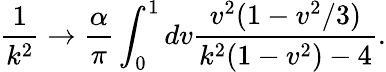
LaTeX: \frac{1}{k^{2}}\rightarrow\frac{\alpha}{\pi}\int_{0}^{1}dv\frac{v^{2}(1-v^{2}/3)}{k^{2}(1-v^{2})-4}.